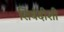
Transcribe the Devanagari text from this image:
शिबंदीशी